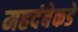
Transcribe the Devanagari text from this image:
महदंबेकडे